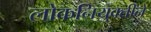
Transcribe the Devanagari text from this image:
लोकनियुक्तीने